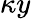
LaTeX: \kappa y